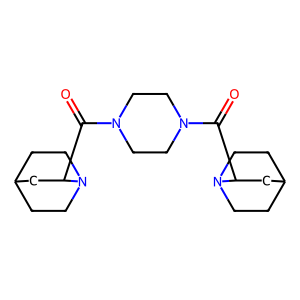
SMILES: O=C(C1CC2CCN1CC2)N1CCN(C(=O)C2CC3CCN2CC3)CC1
Inhibits HIV replication: No